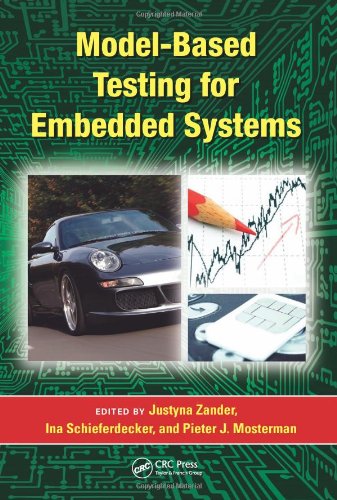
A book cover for Model-Based Testing for Embedded Systems (Computational Analysis, Synthesis, and Design of Dynamic Systems); Computers & Technology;